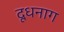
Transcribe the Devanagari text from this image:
दूधनाग